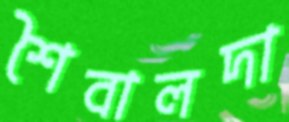
শৈবালদা